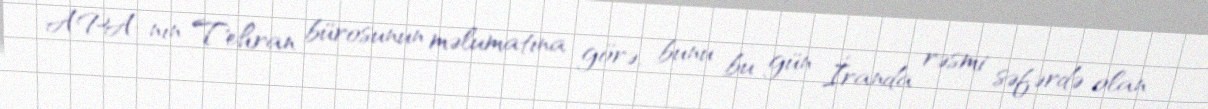
APA-nın Tehran bürosunun məlumatına görə, bunu bu gün İranda rəsmi səfərdə olan